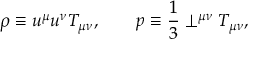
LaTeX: \rho \equiv u ^ { \mu } u ^ { \nu } T _ { \mu \nu } , \qquad p \equiv \frac { 1 } { 3 } \perp ^ { \mu \nu } T _ { \mu \nu } ,